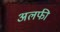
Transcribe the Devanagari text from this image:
अलफी